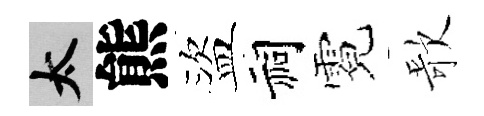
太熊盜祠霓歌